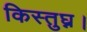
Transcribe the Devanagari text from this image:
किस्तुघ्न।